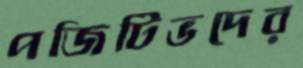
পজিটিভদের